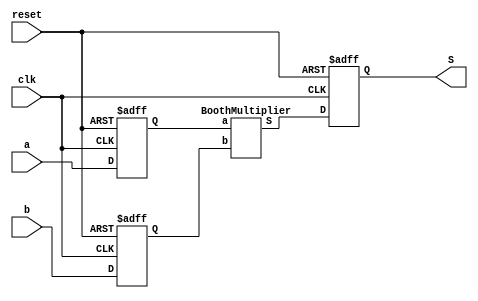

module Synth_Test(
input  wire clk,reset,
input  wire [31:0] a,b,
output reg [63:0] S
);
reg [31:0]Stimulus1,Stimulus2;
wire [63:0] CombinationalResult;
BoothMultiplier mult(Stimulus1,Stimulus2,CombinationalResult);
always@(posedge clk,negedge reset)
begin
		if(reset == 1'b0)
		begin
			Stimulus1 = 32'b0;
			Stimulus2 = 32'b0;
		end
		else
		begin
			Stimulus1 = a;
			Stimulus2 = b;
		end
end
always @(posedge clk,negedge reset)
begin
	if(reset == 1'b0)
		S = 64'b0;
	else
		S= CombinationalResult;
end
endmodule 
module BoothMultiplier(
input   wire signed [31:0] a,b,
output  reg  signed  [63:0] S);
integer i;
//wire useless1,useless2,useless3;
wire [31:0] /*A10,A01,*/MComp;
reg  signed [63:0] res;
assign MComp = ~b +1'b1;
reg  [1:0]  Q1Q0;
//VerilogAdder V10(res[63:32],MComp,1'b0,useless1,useless2,A10,useless3);
//VerilogAdder V01(res[63:32],b,1'b0,useless1,useless2,A01,useless3);
always @(a,b)
begin	
	res = {32'b0,a};
	Q1Q0= {a[0],1'b0};
	for(i = 32;i >0;i= i - 1)
	begin
		if(Q1Q0 === 2'b10)
		begin
			//$display("no you are not");
			//res[63:32] = A10;
			res[63:32]   = res[63:32] + MComp;
		end
		else if (Q1Q0 === 2'b01)
		begin
			//$display("I'm here");
			//res[63:32] = A01;
			res[63:32]   = res[63:32] + b;
		end
		else
		begin
			res = res;
		end
		//$display("%b",res);
		res  = res >>>1;
		Q1Q0 = Q1Q0 >>1;
		Q1Q0[1] = res[0];
	end
	S = res;
end
endmodule